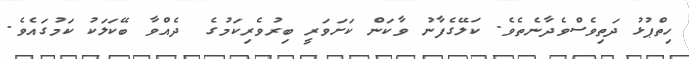
ހިތްޕުޅު ދަތިވެސްވެދާނެތެވެ. ކަލޭގެފާނު ވާކަން ކަށަވަރީ ބިރުވެރިކަމުގެ  ދެއްވާ ބޭކަލަކު ކަމުގައެވެ.